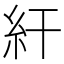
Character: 𥾍